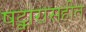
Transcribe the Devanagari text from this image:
षट्कारासहीत